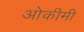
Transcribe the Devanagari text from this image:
ओकीमी